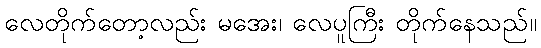
လေတိုက်တော့လည်း မအေး၊ လေပူကြီး တိုက်နေသည်။